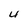
Character: 4